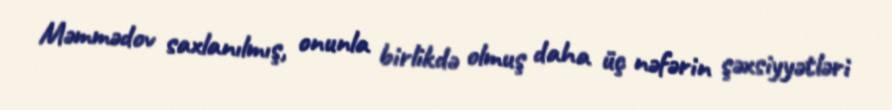
Məmmədov saxlanılmış, onunla birlikdə olmuş daha üç nəfərin şəxsiyyətləri